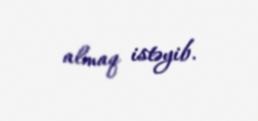
almaq istəyib.